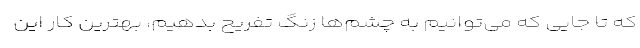
که تا جایی که می‌توانیم به چشم‌ها زنگ تفریح بدهیم، بهترین کار این